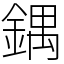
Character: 鍝